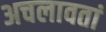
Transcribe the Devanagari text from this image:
अचलावतां